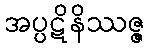
အပ္ပဋိနိဿဇ္ဇ